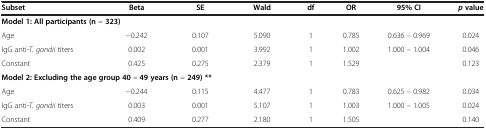
<table><thead><tr><td><b>Subset</b></td><td><b>Beta</b></td><td><b>SE</b></td><td><b>Wald</b></td><td><b>df</b></td><td><b>OR</b></td><td><b>95% CI</b></td><td><b><i>p </i>value</b></td></tr></thead><tbody><tr><td colspan="2"><b>Model 1: All participants (n</b> = <b>323)</b></td><td> </td><td> </td><td> </td><td> </td><td> </td><td> </td></tr><tr><td>Age</td><td>−0.242</td><td>0.107</td><td>5.090</td><td>1</td><td>0.785</td><td>0.636 – 0.969</td><td>0.024</td></tr><tr><td>IgG anti-<i>T. gondii</i> titers</td><td>0.002</td><td>0.001</td><td>3.992</td><td>1</td><td>1.002</td><td>1.000 – 1.004</td><td>0.046</td></tr><tr><td>Constant</td><td>0.425</td><td>0.275</td><td>2.379</td><td>1</td><td>1.529</td><td> </td><td>0.123</td></tr><tr><td colspan="4"><b>Model 2: Excluding the age group 40 – 49 years (n</b> = <b>249) **</b></td><td> </td><td> </td><td> </td><td> </td></tr><tr><td>Age</td><td>−0.244</td><td>0.115</td><td>4.477</td><td>1</td><td>0.783</td><td>0.625 – 0.982</td><td>0.034</td></tr><tr><td>IgG anti-<i>T. gondii</i> titers</td><td>0.003</td><td>0.001</td><td>5.107</td><td>1</td><td>1.003</td><td>1.000 – 1.005</td><td>0.024</td></tr><tr><td>Constant</td><td>0.409</td><td>0.277</td><td>2.180</td><td>1</td><td>1.505</td><td> </td><td>0.140</td></tr></tbody></table>